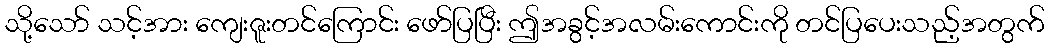
သို့သော် သင့်အား ကျေးဇူးတင်ကြောင်း ဖော်ပြပြီး ဤအခွင့်အလမ်းကောင်းကို တင်ပြပေးသည့်အတွက်